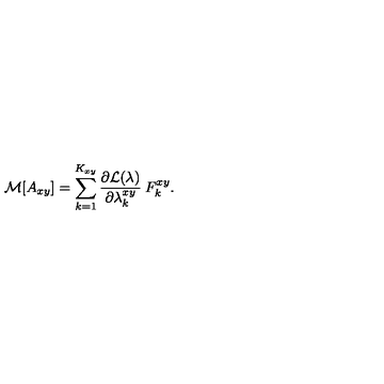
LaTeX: { \cal { M } } [ A _ { x y } ] = \sum _ { k = 1 } ^ { K _ { x y } } \frac { \partial { \cal { L } } ( \lambda ) } { \partial \lambda _ { k } ^ { x y } } \: F _ { k } ^ { x y } .